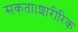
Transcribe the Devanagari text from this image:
सकता।शारीरिक